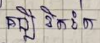
គប្បីខិតខំ